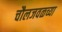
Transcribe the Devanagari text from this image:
चौलजवळच्या